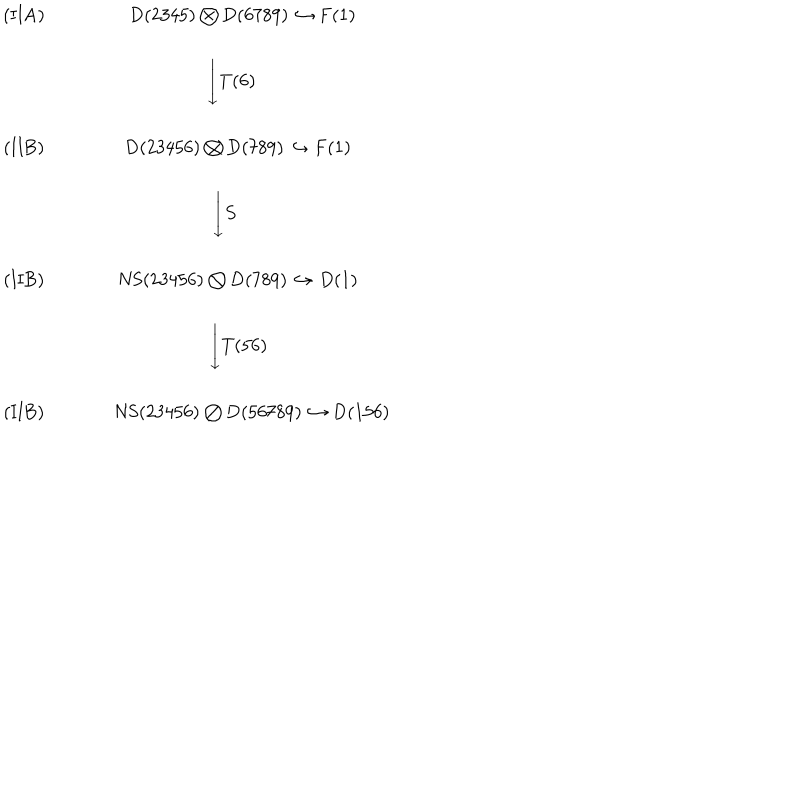
\begin{array} { c c c } { { ( \mathrm { I I A } ) \ } } & { { \ \ \mathrm { D } ( 2 3 4 5 ) \bigotimes \mathrm { D } ( 6 7 8 9 ) \hookrightarrow \mathrm { F } ( 1 ) } } \\ { { \ } } & { { } } \\ { { \ } } & { { \Biggl \downarrow { T { ( 6 ) \ \ \ } } } } \\ { { \ } } & { { } } \\ { { ( \mathrm { I I B } ) \ } } & { { \mathrm { D } ( 2 3 4 5 6 ) \bigotimes \mathrm { D } ( 7 8 9 ) \hookrightarrow \mathrm { F } ( 1 ) } } \\ { { \ } } & { { } } \\ { { \ } } & { { \Biggl \downarrow { S { \ \ } } } } \\ { { \ } } & { { } } \\ { { ( \mathrm { I I B } ) \ } } & { { \mathrm { N S } ( 2 3 4 5 6 ) \bigotimes \mathrm { D } ( 7 8 9 ) \hookrightarrow D ( 1 ) } } \\ { { \ } } & { { } } \\ { { \ } } & { { \Biggl \downarrow { T ( 5 6 ) } } } \\ { { \ } } & { { } } \\ { { ( \mathrm { I I B } ) \ } } & { { \ \ \mathrm { N S } ( 2 3 4 5 6 ) \bigotimes \mathrm { D } ( 5 6 7 8 9 ) \hookrightarrow \mathrm { D } ( 1 5 6 ) } } \\ \end{array}